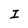
Character: I